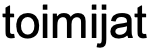
toimijat